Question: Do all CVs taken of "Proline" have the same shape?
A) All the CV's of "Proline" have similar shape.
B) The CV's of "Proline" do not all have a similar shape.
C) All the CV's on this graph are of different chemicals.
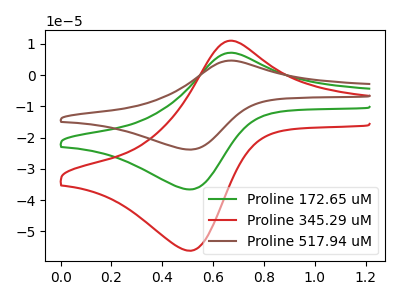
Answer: <think>The green curve "Proline 172.65 uM" has an anodic peak at (0.70V, 7.15uA) and a cathodic peak at (0.50V, -36.60uA). The red curve "Proline 345.29 uM" has an anodic peak at (0.70V, 11.00uA) and a cathodic peak at (0.50V, -56.20uA). The brown curve "Proline 517.94 uM" has an anodic peak at (0.70V, 14.35uA) and a cathodic peak at (0.50V, -73.15uA).
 All the peaks in "Proline 172.65 uM" have a peak in "Proline 345.29 uM" at the same potential. Every peak in "Proline 172.65 uM" is lower than every peak in "Proline 345.29 uM". All the peaks in "Proline 172.65 uM" have a peak in "Proline 517.94 uM" at the same potential. Every peak in "Proline 172.65 uM" is lower than every peak in "Proline 517.94 uM". All the peaks in "Proline 345.29 uM" have a peak in "Proline 517.94 uM" at the same potential. Every peak in "Proline 345.29 uM" is lower than every peak in "Proline 517.94 uM".</think>
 <answer>A) All the CV's of "Proline" have similar shape.</answer>
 <eval>A</eval>